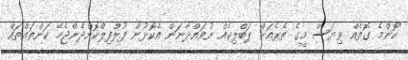
"ކޮންމެ ގޮތެއް ވިޔަސް މީގެ ތެރެއަށް ޕަބްލިކެއް ނުވައްދާނަން އެކޮޅުން ފުލްފިލްކޮށްދެންޖެހޭ ކަންތައްތައް